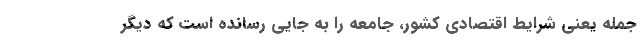
جمله یعنی شرایط اقتصادی کشور، جامعه را به جایی رسانده است که دیگر